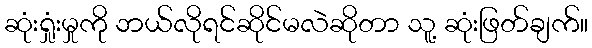
ဆုံးရှုံးမှုကို ဘယ်လိုရင်ဆိုင်မလဲဆိုတာ သူ့ ဆုံးဖြတ်ချက်။